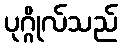
ပုဂ္ဂိုလ်သည်